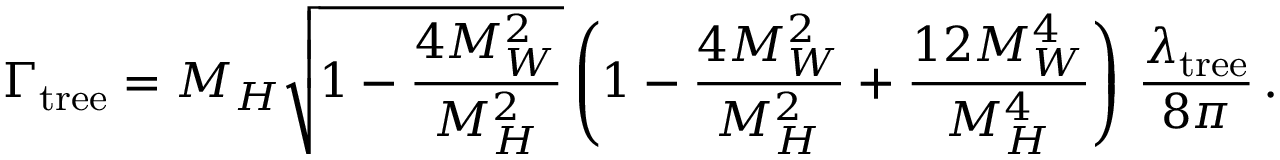
\Gamma _ { \mathrm { t r e e } } = M _ { H } \sqrt { 1 - \frac { 4 M _ { W } ^ { 2 } } { M _ { H } ^ { 2 } } } \left( 1 - \frac { 4 M _ { W } ^ { 2 } } { M _ { H } ^ { 2 } } + \frac { 1 2 M _ { W } ^ { 4 } } { M _ { H } ^ { 4 } } \right) \, \frac { \lambda _ { \mathrm { t r e e } } } { 8 \pi } \, .